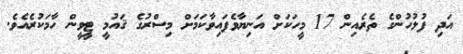
އަދި ފުލުހުންގެ ތެރެއިން 17 މީހަކަށް އަނިޔާވެފައިވާކަމަށް މިސްރުގެ ޤައުމީ ޓީވީން ހާމަކުރެއެވެ.